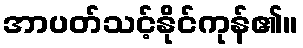
အာပတ်သင့်နိုင်ကုန်၏။